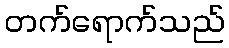
တက်ရောက်သည်